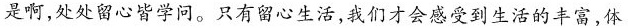
是啊，处处留心皆学问。只有留心生活，我们才会感受到生活的丰富，体